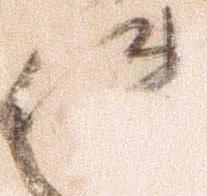
件